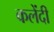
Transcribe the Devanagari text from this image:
कलेंदी